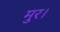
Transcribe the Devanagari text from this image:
मुर।